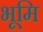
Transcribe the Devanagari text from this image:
भूमि